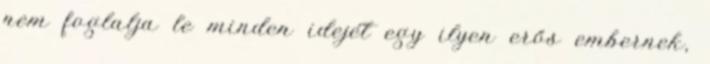
nem foglalja le minden idejét egy ilyen erős embernek,